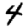
Digit: 4